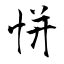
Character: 恲